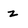
Character: z